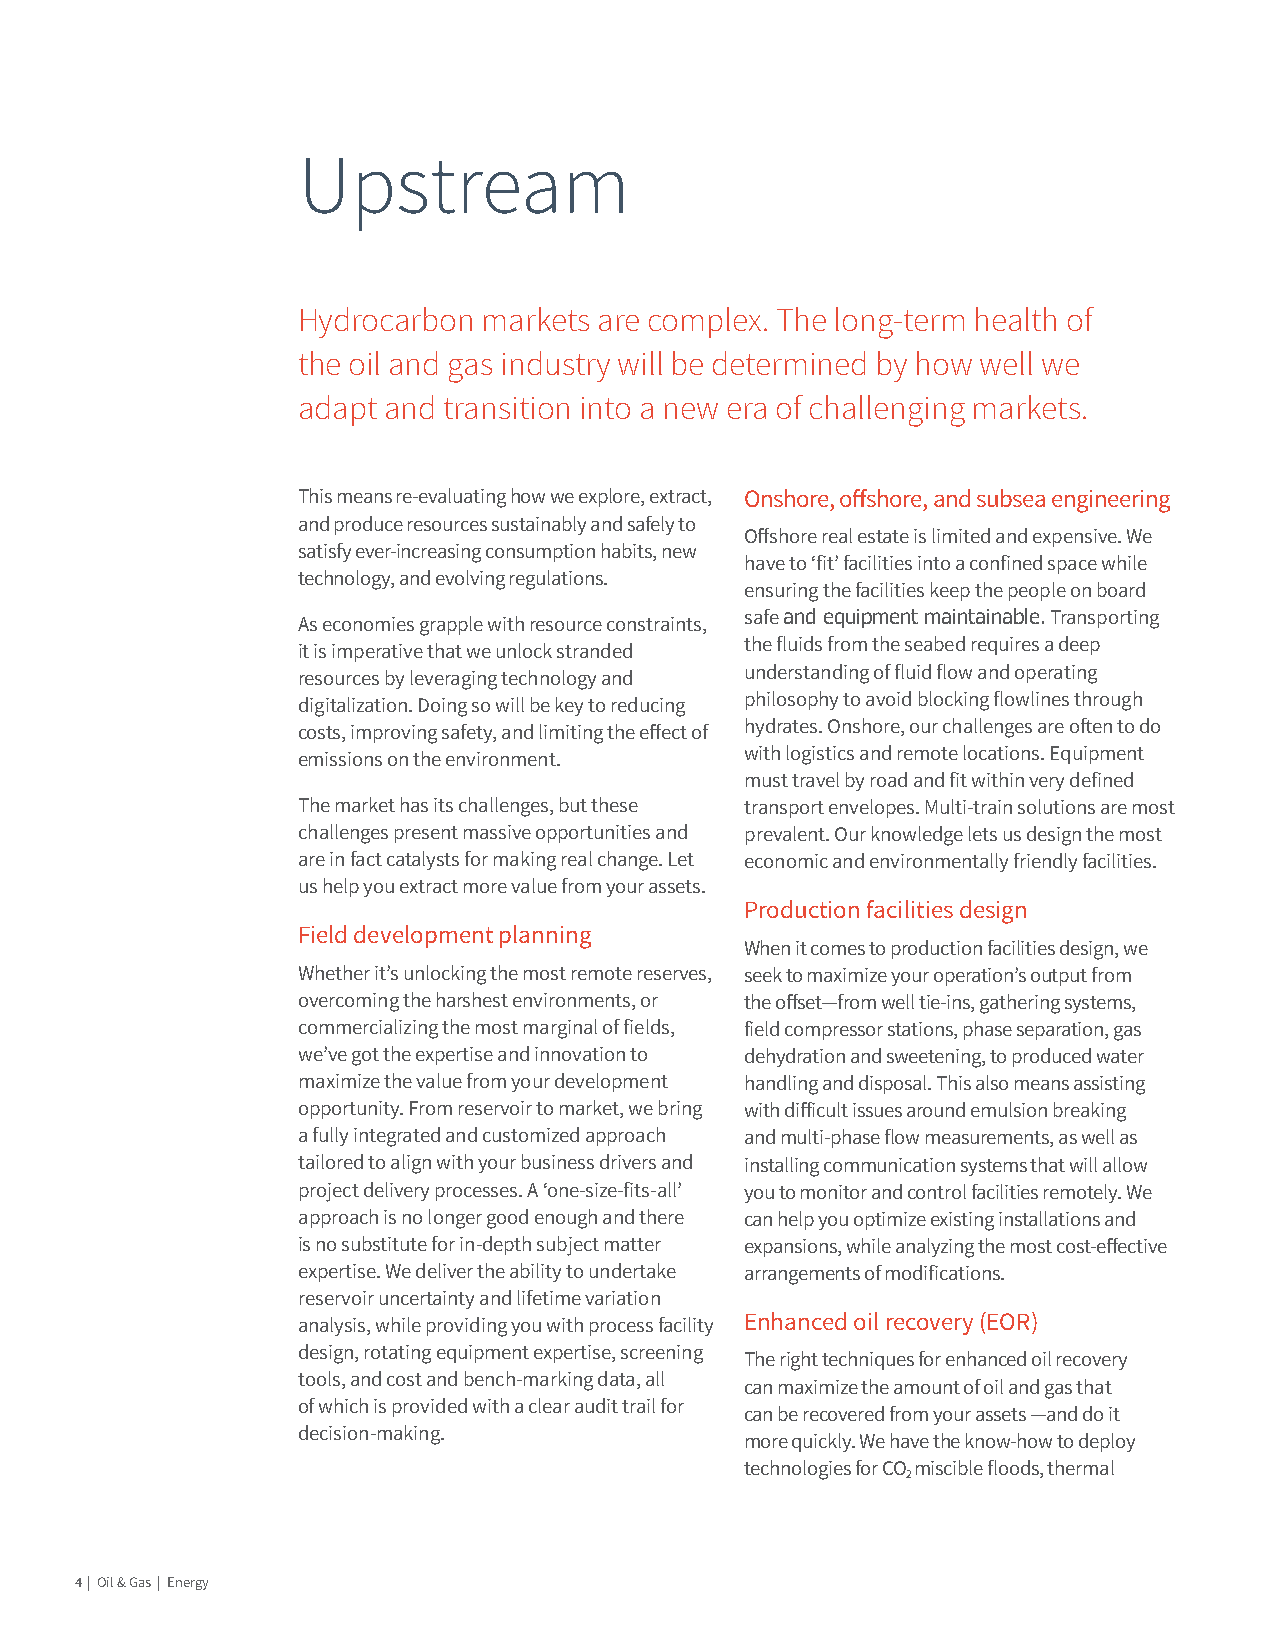
Upstream
 Hydrocarbon markets are complex. The long-term health of
 the oil and gas industry will be determined by how well we
 adapt and transition into a new era of challenging markets.
 This means re-evaluating how we explore, extract, Onshore, offshore, and subsea engineering
 and produce resources sustainably and safely to
 Offshore real estate is limited and expensive. We
 satisfy ever-increasing consumption habits, new
 have to ‘fit’ facilities into a confined space while
 technology, and evolving regulations.
 ensuring the facilities keep the people on board
 As economies grapple with resource constraints, safe and equipment maintainable. Transporting
 it is imperative that we unlock stranded the fluids from the seabed requires a deep
 resources by leveraging technology and understanding of fluid flow and operating
 digitalization. Doing so will be key to reducing philosophy to avoid blocking flowlines through
 costs, improving safety, and limiting the effect of hydrates. Onshore, our challenges are often to do
 emissions on the environment. with logistics and remote locations. Equipment
 must travel by road and fit within very defined
 The market has its challenges, but these transport envelopes. Multi-train solutions are most
 challenges present massive opportunities and prevalent. Our knowledge lets us design the most
 are in fact catalysts for making real change. Let economic and environmentally friendly facilities.
 us help you extract more value from your assets.
 Production facilities design
 Field development planning
 When it comes to production facilities design, we
 Whether it’s unlocking the most remote reserves, seek to maximize your operation’s output from
 overcoming the harshest environments, or the offset—from well tie-ins, gathering systems,
 commercializing the most marginal of fields, field compressor stations, phase separation, gas
 we’ve got the expertise and innovation to dehydration and sweetening, to produced water
 maximize the value from your development handling and disposal. This also means assisting
 opportunity. From reservoir to market, we bring with difficult issues around emulsion breaking
 a fully integrated and customized approach and multi-phase flow measurements, as well as
 tailored to align with your business drivers and installing communication systems that will allow
 project delivery processes. A ‘one-size-fits-all’ you to monitor and control facilities remotely. We
 approach is no longer good enough and there can help you optimize existing installations and
 is no substitute for in-depth subject matter expansions, while analyzing the most cost-effective
 expertise. We deliver the ability to undertake arrangements of modifications.
 reservoir uncertainty and lifetime variation
 analysis, while providing you with process facility Enhanced oil recovery (EOR)
 design, rotating equipment expertise, screening
 The right techniques for enhanced oil recovery
 tools, and cost and bench-marking data, all
 can maximize the amount of oil and gas that
 of which is provided with a clear audit trail for
 can be recovered from your assets —and do it
 decision-making.
 more quickly. We have the know-how to deploy
 technologies for CO miscible floods, thermal
 2
 4 | Oil & Gas | Energy